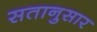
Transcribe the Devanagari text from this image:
सतानुसार